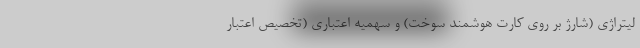
لیتراژی (شارژ بر روی کارت هوشمند سوخت) و سهمیه اعتباری (تخصیص اعتبار